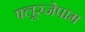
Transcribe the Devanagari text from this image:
फ्लूरजेपाम